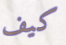
كيف